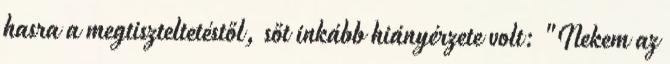
hasra a megtiszteltetéstől, sőt inkább hiányérzete volt: "Nekem az